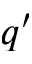
q ^ { \prime }